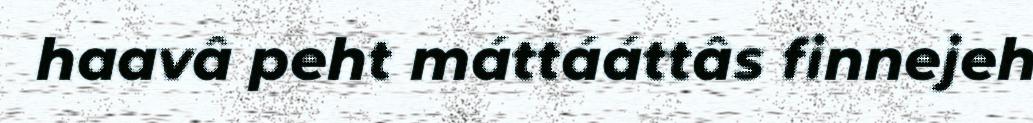
haavâ peht máttááttâs finnejeh